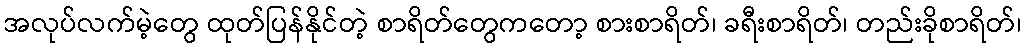
အလုပ်လက်မဲ့တွေ ထုတ်ပြန်နိုင်တဲ့ စာရိတ်တွေကတော့ စားစာရိတ်၊ ခရီးစာရိတ်၊ တည်းခိုစာရိတ်၊